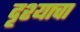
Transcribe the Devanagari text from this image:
दृश्याचा